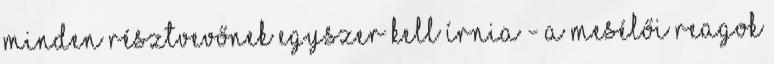
minden résztvevőnek egyszer kell írnia - a mesélői reagok